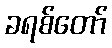
ခရစ်တော်